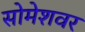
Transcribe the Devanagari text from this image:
सोमेशवर